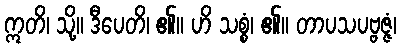
ဣတိ၊ သို့။ ဒီပေတိ၊ ၏။ ဟိ သစ္စံ၊ ၏။ တာပသပဗ္ဗဇ္ဇံ၊